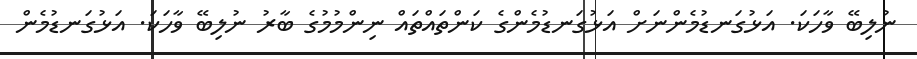
ނުލިބޭ ވާހަކަ. އަޅުގަނޑުމެންނަށް އަޅުގަނޑުމެންގެ ކަންތައްތައް ނިންމުމުގެ ބާރު ނުލިބޭ ވާހަކަ. އަޅުގަނޑުމެން